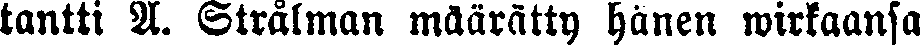
tantti A. Strålman määrätty hänen wirkaansa